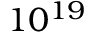
1 0 ^ { 1 9 }